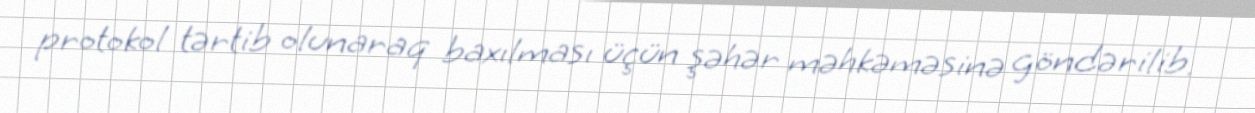
protokol tərtib olunaraq baxılması üçün şəhər məhkəməsinə göndərilib.